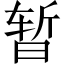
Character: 暂